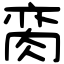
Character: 脔